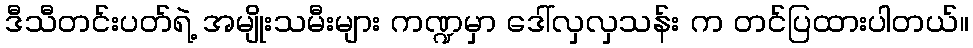
ဒီသီတင်းပတ်ရဲ့ အမျိုးသမီးများ ကဏ္ဍမှာ ဒေါ်လှလှသန်း က တင်ပြထားပါတယ်။